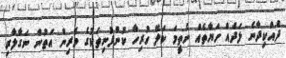
ދެއްކިދާނެ ލަދެއް ހަޔާތެއް ނެތީމަ ކަލޭ ހުރިހާ ކުންފުނިތަކުގެ ވެރިން އަތުން ނަގާލާރި